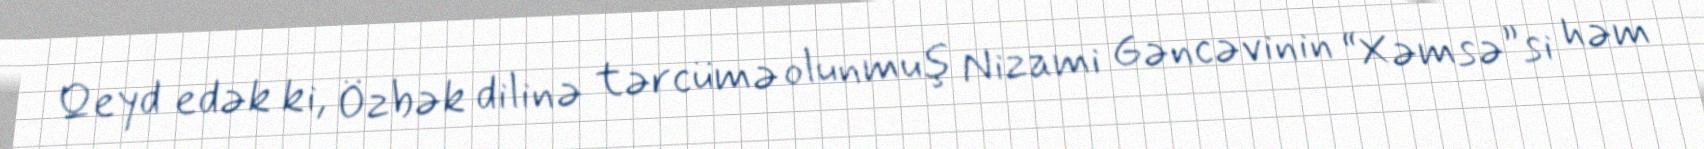
Qeyd edək ki, Özbək dilinə tərcümə olunmuş Nizami Gəncəvinin “Xəmsə”si həm